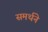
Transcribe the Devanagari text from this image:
समर्थने